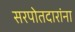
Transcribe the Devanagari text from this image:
सरपोतदारांना